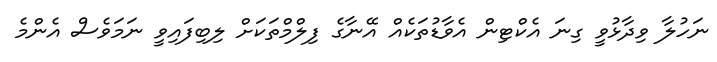
ނަހުލާ ވިދާޅުވީ ގިނަ އެކްޓިން އެވާޑުތަކެއް އޭނާގެ ފިލްމްތަކަށް ލިބިފައިވީ ނަމަވެސް އެންމެ